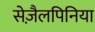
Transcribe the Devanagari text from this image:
सेज़ैलपिनिया